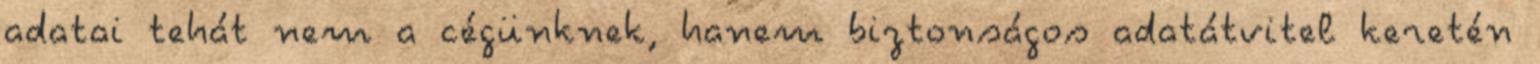
adatai tehát nem a cégünknek, hanem biztonságos adatátvitel keretén